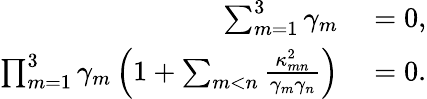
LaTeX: \begin{array}{rl}{\sum_{m=1}^{3}\gamma_{m}}&{{}=0,}\\ {\prod_{m=1}^{3}\gamma_{m}\left(1+\sum_{m<n}\frac{\kappa_{mn}^{2}}{\gamma_{m}\gamma_{n}}\right)}&{{}=0.}\end{array}